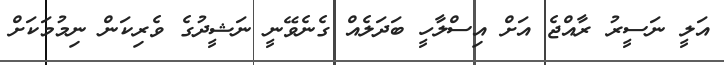
އަލީ ނަސީރު ރާއްޖެ އަށް އިސްލާހީ ބަދަލެއް ގެނެވޭނީ ނަޝީދުގެ ވެރިކަން ނިމުމަކަށް